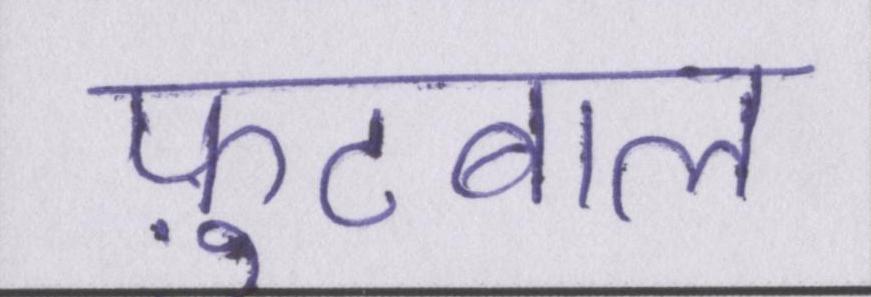
फ़ुटबाल